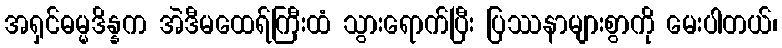
အရှင်ဓမ္မဒိန္နက အဲဒီမထေရ်ကြီးထံ သွားရောက်ပြီး ပြဿနာများစွာကို မေးပါတယ်၊